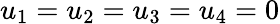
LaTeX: u_{1}=u_{2}=u_{3}=u_{4}=0